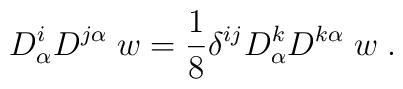
D^i_\alpha D^{j\alpha} \; w = {1\over 8}\delta^{ij} D^k_\alpha D^{k\alpha} \; w \;.